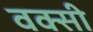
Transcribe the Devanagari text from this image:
वक्सी